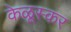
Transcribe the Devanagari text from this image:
केळूस्कर